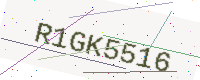
Text: R1GK5516